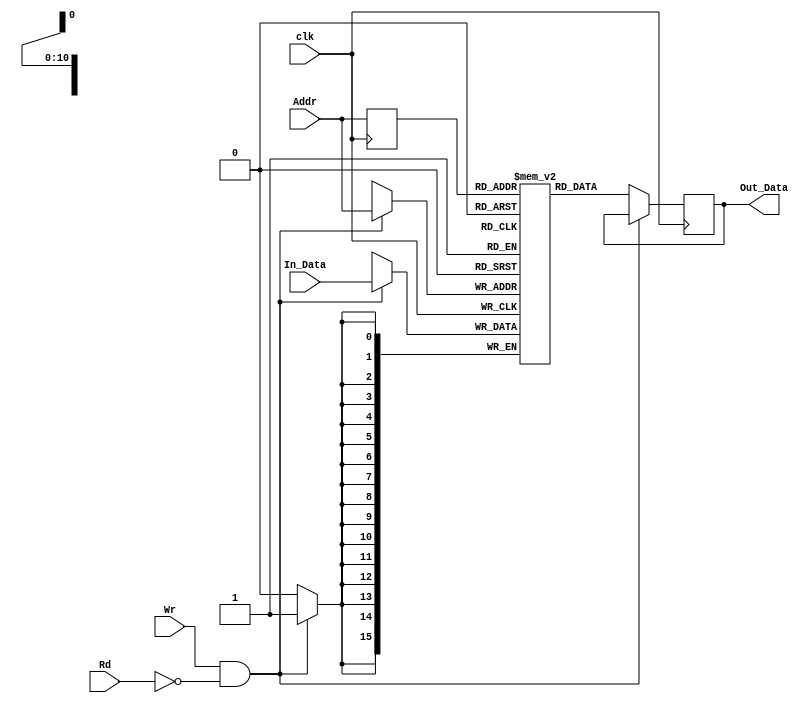
`timescale 1ns / 1ps
//////////////////////////////////////////////////////////////////////////////////
//	Alumnos:
//					 Ortmann, Nestor Javier
// 				 Trejo, Bruno Guillermo
// Year: 		 2018
// Module Name: MEMORIA DE DATOS
//////////////////////////////////////////////////////////////////////////////////
module DATA_MEM
    #(
        parameter len_addr  = 11,
        parameter len_data  = 16,
	    parameter ram_depth = 2048 
    )
    (
        input clk,
        input Rd,                      // Enable para lectura (habilita registro de salida)
        input Wr,                      // Enable para escritura
        input [len_addr-1:0] Addr,     // Direccion del dato a leer/escribir
        input [len_data-1:0] In_Data,   // Dato a escribir si Wr = 1

        output reg [len_data-1:0] Out_Data // Contenido del dato leido si Rd = 1
    );

    /* Memoria Escritura/Lectura */
    reg [len_data-1:0] datos_ram [ram_depth-1:0]; // Vector de datos (primero tamao de registro, segundo depth)
    reg [len_addr-1:0] Addr_reg=0;                  // Guarda el valor de la direccion
    
    //assign Out_Data = datos_ram[Addr_reg];
    
    always @(posedge clk)   // Podria ser negedge??
    begin
		Addr_reg <= Addr;
      if(Wr == 1 && Rd == 0)
        begin
          datos_ram[Addr] <= In_Data;
        end
      else if(Rd == 1 && Wr == 0)
        begin
          Out_Data <= datos_ram[Addr_reg];
        end
		else
			begin
          Out_Data <= datos_ram[Addr_reg];
        end
    end
	 /*
	 always@(*)
	 begin
		Addr_reg <= Addr;
	 end*/

endmodule